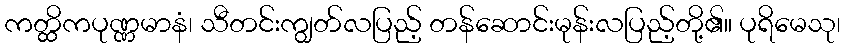
ကတ္ထိကပုဏ္ဏမာနံ၊ သီတင်းကျွတ်လပြည့် တန်ဆောင်းမုန်းလပြည့်တို့၏။ ပုရိမေသု၊